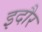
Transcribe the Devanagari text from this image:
इदौर